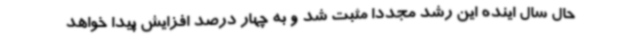
حال سال اینده این رشد مجددا مثبت شد و به چهار درصد افزایش پیدا خواهد